Annual report of the Madras Medical College
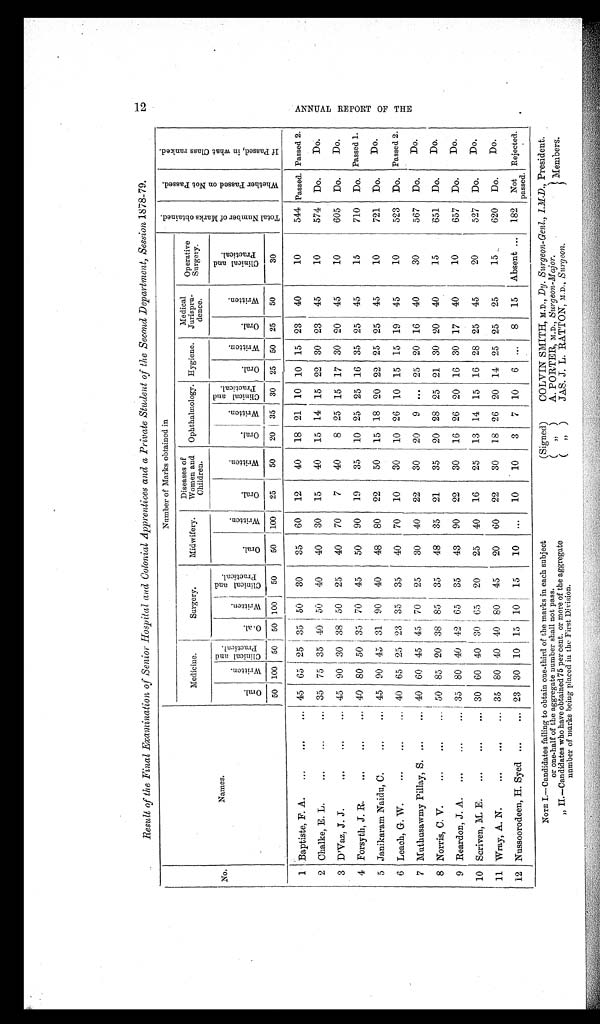
Result of the Final Examination of Senior Hospital and Colonial Apprentices and a Private Student of the Second Department, Session 1878-79.
No.
Names.
N u m b e r o f M a r k s o b t a i n e d i n
T o t a l N u m b e r o f M a r k s o b t a i n e d .
W h e t h e r P a s s e d o n N o t P a s s e d .
I f P a s s e d , i n w h a t C l a s s r a n k e d .
Medicine.
Surgery.
Midwifery.
Diseases of
Women and
Children.
Ophthalmology. Hygiene.
Medical
Jurispru-
dence.
Operative
Surgery.
Oral.
W r i t t e n .
Cl i ni cal and Pr act i cal .
Oral.
Wr i t t en.
C l i n i c a l a n d P r a c t i c a l .
O r a l .
Wr i t t e n.
O r a l .
W r i t t e n .
Or a l
W r i t t e n .
Cl i ni c al and Pr ac t i c al .
O r a l .
Wr i t t e n .
Oral.
W r i t t e n .
C l i n i c a l a n d P r a c t i c a l .
50 100
50
50 100 50
50
100
25
50
20
35
30
25
50
25
50
30
1 Baptiste, F. A.
...
...
... 45 65
25
35
50
30
35
60
12
40
18 21
10 10 15 23
40
10
544 Passed. Passed 2.
2 Chalke, E. L.
...
... 35
75
35 40
50
40
40
30
15
40
15
14 15
22
30
23
45
10
574
Do.
Do.
3 D’Vaz, J. J.
...
...
45 90 30
38
50
25
40
70
7
40
8
25
15
17 30
20
45
10
605
Do.
Do.
4 Forsyth, J. R. ... ... ...
40 80 50
35
70
45
50
90
19
35
10 25
25
16 35
25
45
15
710
Do. Passed 1.
5 Janikaram Naidu, C.
...
... 45
90
45
31
90
40
48
80
2 2
50
15
18
20
22
25
25
45
10
721
Do.
Do.
6 Leach, G. W.
...
...
... 40
65
25 23
35
35
40
70
10
30
10 26
10
15
15
19
45
10
523
Do. Passed 2.
7 Muthusawmy Pillay, S. ...
... 40
60 45
45
70
25
30
40
22
30
20
9 ...
25
20
16
40
30
567
Do.
Do.
8 Norris, C. V.
...
...
... 50
85
20
38 85
35
48
35
21
35
20
28
25
21
30
20
40
15
651
Do.
Do.
9 Reardon, J . A.
...
...
... 35
80 40 42
65
35
43
90
22
30
16
26
20
16
30
17
40
10
657
Do.
Do.
10 Scriven, M. E.
...
...
... 30
60
40
30
65
20
25
40
16
25
13
14
15
16
28
25
45
20
527
Do.
Do.
11 Wray, A. N.
...
...
... 35
80 40 40
80
45
20
60
22
30
18
26
20
14
25
25
25
15
620
Do.
Do.
12 Nussoorodeen, H. Syed ...
... 23
30 10
15 10
15
10
...
10
10
3
7
10
6
...
8
15
Absent ...
182
Not
passed.
Rejected.
NOTE I.—Candidates failing to obtain one-third of the marks in each subject
(Signed)
COLVIN SMITH, M.D., Dy. Surgeon-Genl., I.M.D., President.
or one-half of the aggregate number shall not pass.
( „ ) A. PORTER, M.D., Surgeon-Major.
Members.
" II.—Candidates who have obtained 75 per cent. or more of the aggregate
( " ) JAS. J. L. RATTON, M.D., Surgeon.
number of marks being placed in the First Division.
12
A N N U A L R E P O R T O F T H E